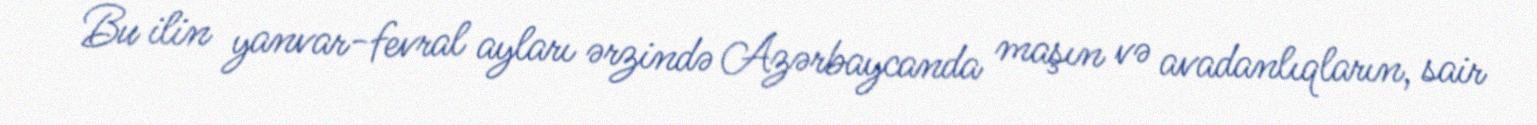
Bu ilin yanvar-fevral ayları ərzində Azərbaycanda maşın və avadanlıqların, sair